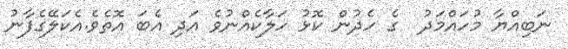
ނަބިއްޔާ މުހައްމަދު  ގެ ހެދުން ކޮޅު ހަލާކެއްނުވެ އަދި އެބަ އޮތެވެ.އެކަލޭގެފާނު